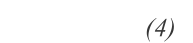
(4)